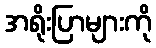
အရိုးပြာများကို